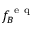
f _ { B } ^ { \mathrm { ~ e ~ q ~ } }